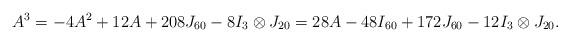
LaTeX: \begin{align*} A^3 = -4A^2 + 12A + 208J_{60} - 8I_3 \otimes J_{20} = 28A - 48I_{60} + 172J_{60} -12I_3 \otimes J_{20}.\end{align*}